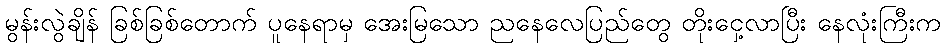
မွန်းလွဲချိန် ခြစ်ခြစ်တောက် ပူနေရာမှ အေးမြသော ညနေလေပြည်တွေ တိုးငှေ့လာပြီး နေလုံးကြီးက